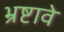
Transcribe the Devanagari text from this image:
भ्रष्टावे